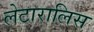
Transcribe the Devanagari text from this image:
लेटारालिस